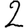
Digit: 2